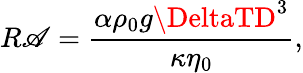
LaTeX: R\mathscr{A}=\frac{{\alpha\rho_{0}g\DeltaTD^{3}}}{{\kappa\eta_{0}}},